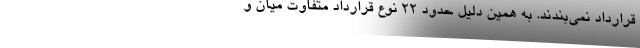
قرارداد نمی‌بندند. به همین دلیل حدود ۲۲ نوع قرارداد متفاوت میان و